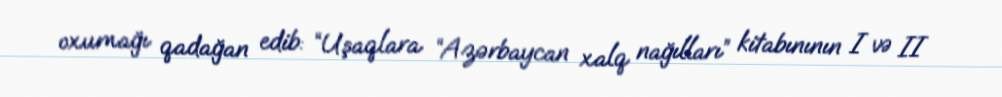
oxumağı qadağan edib: “Uşaqlara “Azərbaycan xalq nağılları” kitabınının I və II